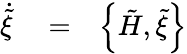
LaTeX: \begin{array}{rlr}{\dot{\tilde{\xi}}}&{{}=}&{\left\{ \tilde{H},\tilde{\xi}\right\} }\end{array}